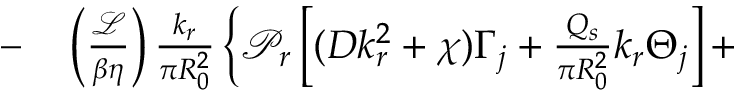
\begin{array} { r l } { - } & { { } \left( \frac { \mathcal { L } } { \beta \eta } \right) \frac { k _ { r } } { \pi R _ { 0 } ^ { 2 } } \left\{ \mathcal { P } _ { r } \left[ ( D k _ { r } ^ { 2 } + \chi ) \Gamma _ { j } + \frac { Q _ { s } } { \pi R _ { 0 } ^ { 2 } } k _ { r } \Theta _ { j } \right] + \right. } \end{array}